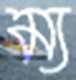
ম্য